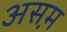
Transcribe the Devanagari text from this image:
असम़